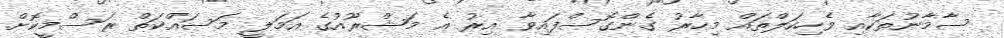
ސާމާނުތަކާއި ވެހިކަލްތައް މިހާރު ގެންގޮސްފައިވާ އިރު އެ މަޝްރޫއުގެ އަމަލީ މަސައްކަތް ރަސްމީކޮށް